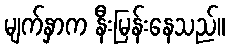
မျက်နှာက နီးမြန်းနေသည်။